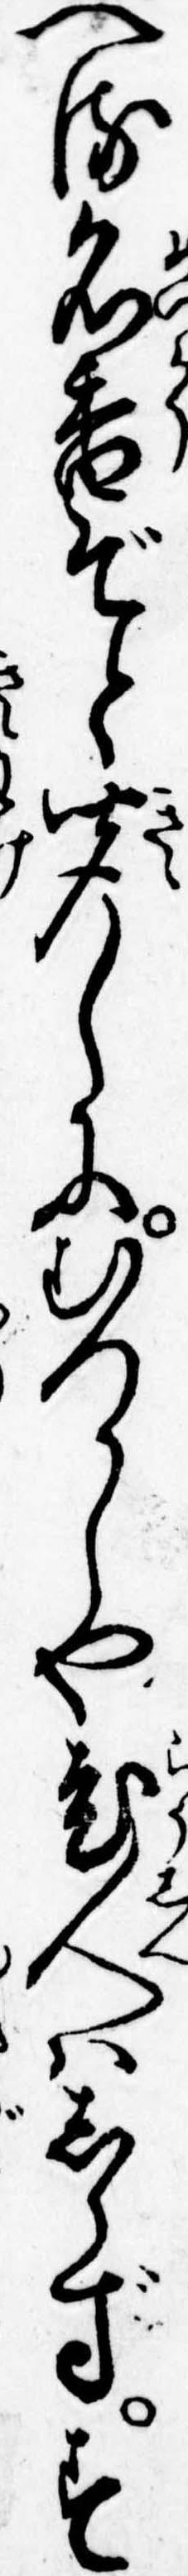
へる名香ぞと聞しにむつかしや老人はしらずす